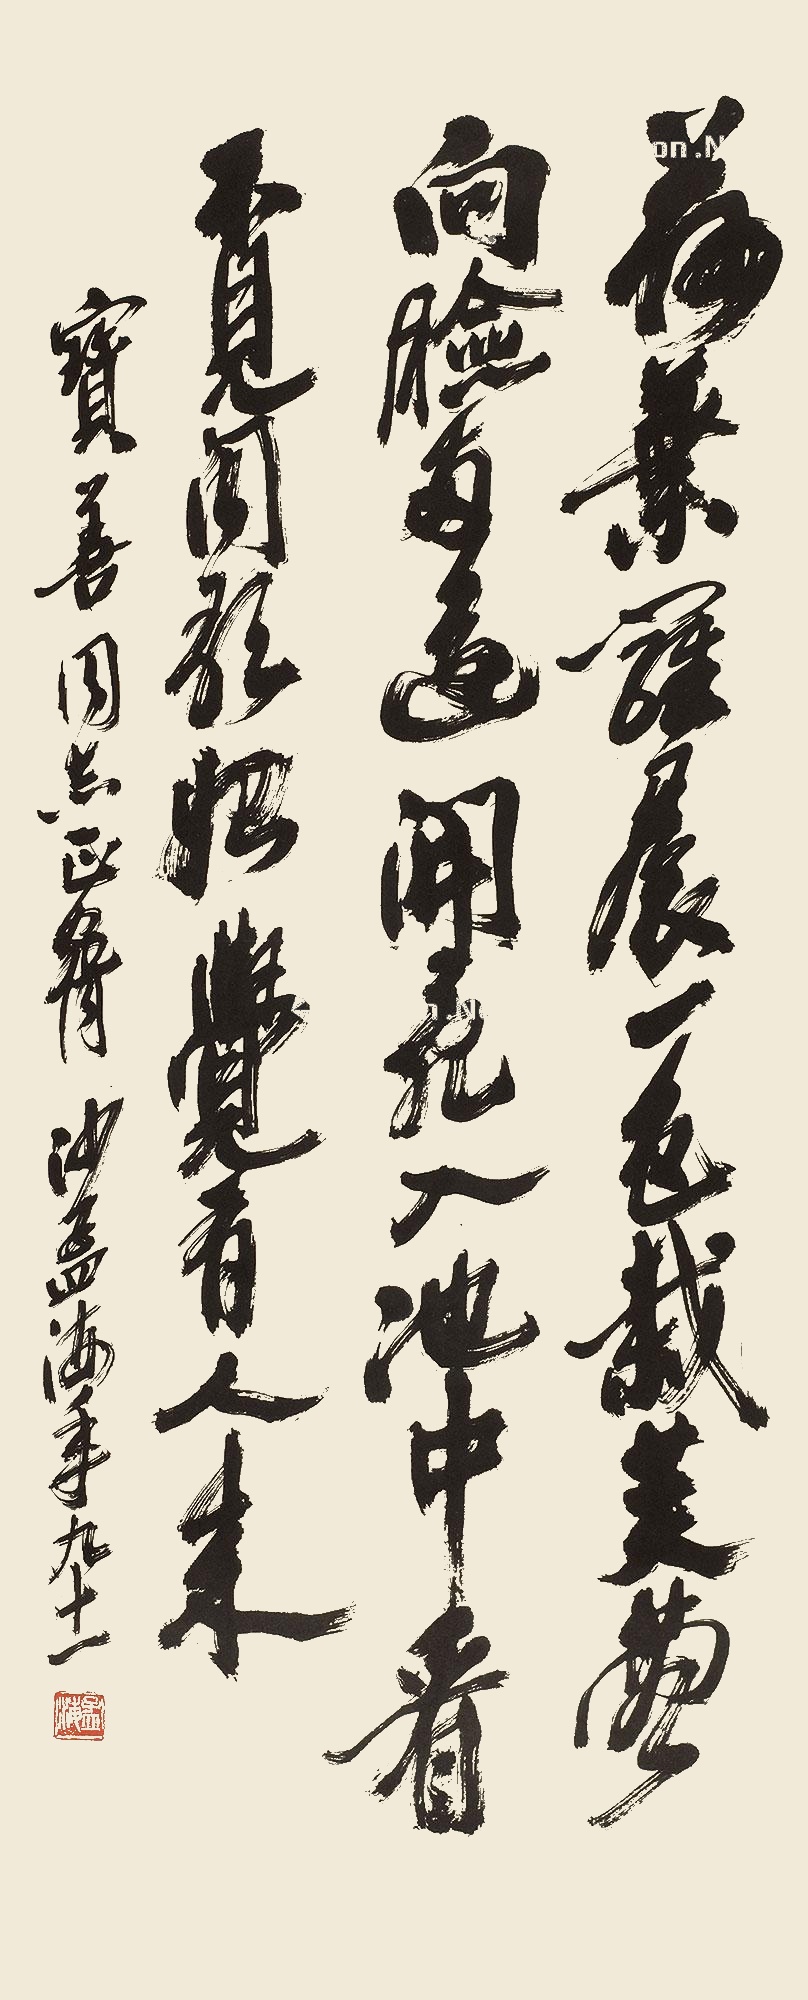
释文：荷叶罗裙一色裁，芙蓉向脸两边开。乱入池中看不见，闻歌始觉有人来。宝善同志正腕，沙孟海年九十一。